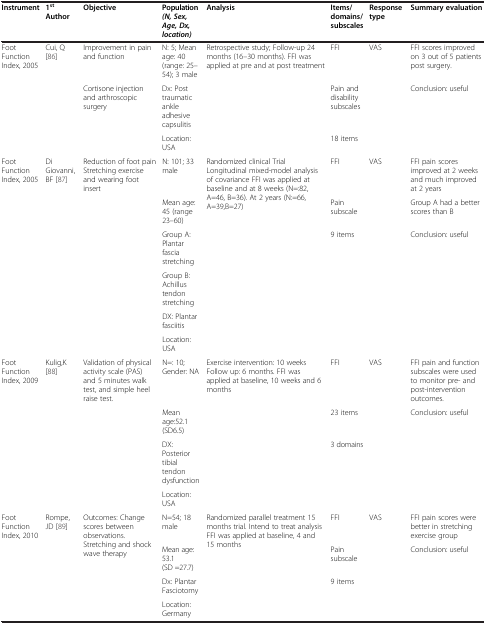
<table><thead><tr><td><b>Instrument</b></td><td><b>1<sup>st </sup>Author</b></td><td><b>Objective</b></td><td><b>Population <i>(N, Sex, Age, Dx, location)</i></b></td><td><b>Analysis</b></td><td><b>Items/domains/subscales</b></td><td><b>Response type</b></td><td><b>Summary evaluation</b></td></tr></thead><tbody><tr><td rowspan="3">Foot Function Index, 2005</td><td rowspan="3">Cui, Q[86]</td><td>Improvement in pain and function</td><td>N: 5; Mean age: 40 (range: 25–54); 3 male</td><td rowspan="3">Retrospective study; Follow-up 24 months (16–30 months). FFI was applied at pre and at post treatment</td><td>FFI</td><td rowspan="3">VAS</td><td>FFI scores improved on 3 out of 5 patients post surgery.</td></tr><tr><td>Cortisone injection and arthroscopic surgery</td><td>Dx: Post traumatic ankle adhesive capsulitis</td><td>Pain and disability subscales</td><td>Conclusion: useful</td></tr><tr><td> </td><td>Location: USA</td><td>18 items</td><td> </td></tr><tr><td rowspan="6">Foot Function Index, 2005</td><td rowspan="6">Di Giovanni, BF[87]</td><td rowspan="6">Reduction of foot pain Stretching exercise and wearing foot insert</td><td>N: 101; 33 male</td><td rowspan="6">Randomized clinical Trial Longitudinal mixed-model analysis of covariance FFI was applied at baseline and at 8 weeks (N=:82, A=46, B=36). At 2 years (N:=66, A=39,B=27)</td><td>FFI</td><td rowspan="6">VAS</td><td>FFI pain scores improved at 2 weeks and much improved at 2 years</td></tr><tr><td>Mean age: 45 (range 23–60)</td><td>Pain subscale</td><td>Group A had a better scores than B</td></tr><tr><td>Group A: Plantar fascia stretching</td><td>9 items</td><td>Conclusion: useful</td></tr><tr><td>Group B: Achillus tendon stretching</td><td> </td><td> </td></tr><tr><td>DX: Plantar fasciitis</td><td> </td><td> </td></tr><tr><td>Location: USA</td><td> </td><td> </td></tr><tr><td rowspan="4">Foot Function Index, 2009</td><td rowspan="4">Kulig,K[88]</td><td rowspan="4">Validation of physical activity scale (PAS) and 5 minutes walk test, and simple heel raise test.</td><td>N=: 10; Gender: NA</td><td rowspan="4">Exercise intervention: 10 weeks Follow up: 6 months. FFI was applied at baseline, 10 weeks and 6 months</td><td>FFI</td><td rowspan="4">VAS</td><td>FFI pain and function subscales were used to monitor pre- and post-intervention outcomes.</td></tr><tr><td>Mean age:52.1 (SD6.5)</td><td>23 items</td><td>Conclusion: useful</td></tr><tr><td>DX: Posterior tibial tendon dysfunction</td><td>3 domains</td><td> </td></tr><tr><td>Location: USA</td><td> </td><td> </td></tr><tr><td rowspan="3">Foot Function Index, 2010</td><td rowspan="3">Rompe, JD[89]</td><td rowspan="3">Outcomes: Change scores between observations. Stretching and shock wave therapy</td><td>N=54; 18 male</td><td rowspan="3">Randomized parallel treatment 15 months trial. Intend to treat analysis FFI was applied at baseline, 4 and 15 months</td><td>FFI</td><td rowspan="3">VAS</td><td>FFI pain scores were better in stretching exercise group</td></tr><tr><td>Mean age: 53.1 (SD =27.7)</td><td>Pain subscale</td><td>Conclusion: useful</td></tr><tr><td>Dx: Plantar Fasciotomy</td><td>9 items</td><td> </td></tr><tr><td> </td><td> </td><td> </td><td>Location: Germany</td><td> </td><td> </td><td> </td><td> </td></tr></tbody></table>